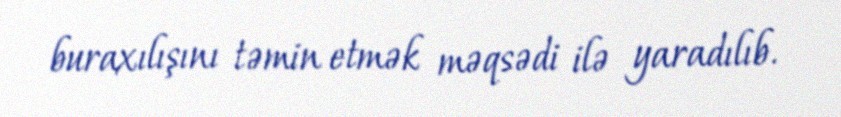
buraxılışını təmin etmək məqsədi ilə yaradılıb.